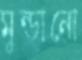
মুন্ডানো